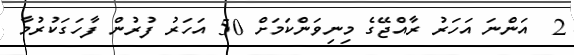
2  އަންނަ އަހަރު ރާއްޖޭގެ މިނިވަންކަމަށް 50 އަހަރު ފުރުން ފާހަގަކުރުމާ